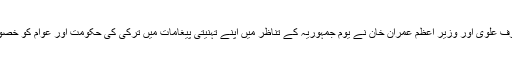
پاکستانی صدر عارف علوی اور وزیر اعظم عمران خان نے یوم جمہوریہ کے تناظر میں اپنے تہنیتی پیغامات میں ترکی کی حکومت اور عوام کو خصوصی مبارکباد دی۔